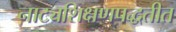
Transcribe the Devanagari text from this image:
नाट्यशिक्षणपद्धतीत